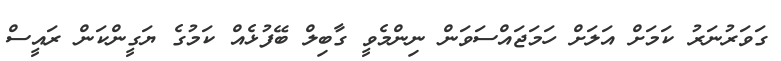
ގަވަރުނަރު ކަމަށް އަލަށް ހަމަޖައްސަވަން ނިންމެވީ ގާބިލް ބޭފުޅެއް ކަމުގެ ޔަގީންކަން ރައީސް